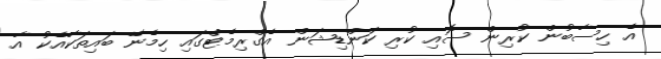
އެ ހިސާބުން ކުރިން ސޮއި ކުރި ކަންޑިޝަން އެގްރިމެޓްގައި ހިމެނޭ ބައިތަކާއެކު އާ